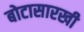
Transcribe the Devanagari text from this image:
बोटासारखी